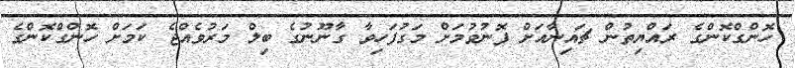
ހޮންގްކޮންގެ ރައްޔިތުން ޗައިނާއަށް ފޮނުވުމަށް މަގުފަހިވާ ގާނޫނުގެ ބިލް މަރުވެއްޖެ ކަމަށް ހޮންގްކޮންގެ